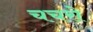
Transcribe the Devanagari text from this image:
चचरो